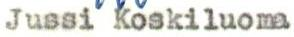
Jussi Koskiluoma